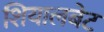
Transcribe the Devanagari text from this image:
शियालबेट